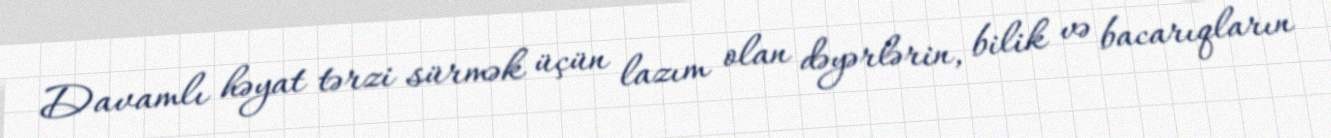
Davamlı həyat tərzi sürmək üçün lazım olan dəyərlərin, bilik və bacarıqların